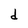
Character: d